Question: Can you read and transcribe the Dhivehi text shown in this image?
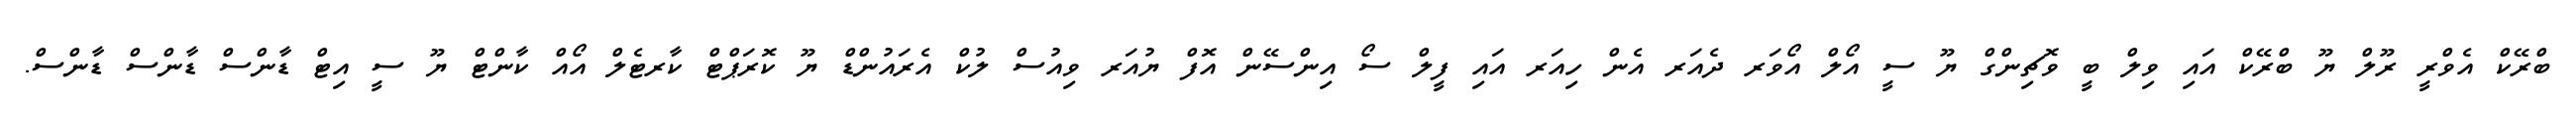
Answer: ބްރޭކް އެވްރީ ރޫލް ޔޫ ބްރޭކް އައި ވިލް ބީ ވޮޗިންގް ޔޫ ސީ އޯލް އޯވަރ ދެއަރ އެން ހިއަރ އައި ފީލް ސޯ އިންސޭން އޮފް ޔުއަރ ވިއުސް ލުކް އެރައުންޑް ޔޫ ކޮރަޕްޓް ކާރޓެލް އޯއް ކާންޓް ޔޫ ސީ އިޓް ޑާންސް ޑާންސް ޑާންސް.